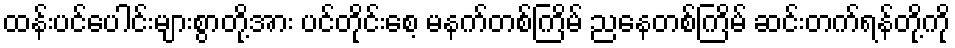
ထန်းပင်ပေါင်းများစွာတို့အား ပင်တိုင်းစေ့ မနက်တစ်ကြိမ် ညနေတစ်ကြိမ် ဆင်းတက်ရန်တို့ကို